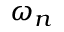
\omega _ { n }